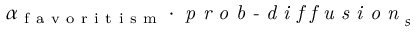
\alpha _ { \mathrm { ~ f ~ a ~ v ~ o ~ r ~ i ~ t ~ i ~ s ~ m ~ } } \cdot \textit { p r o b - d i f f u s i o n } _ { s }